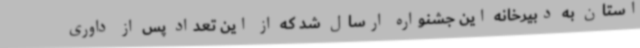
استان به دبیرخانه این جشنواره ارسال شد که از این تعداد پس از داوری